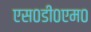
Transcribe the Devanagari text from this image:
एस०डी०एम०